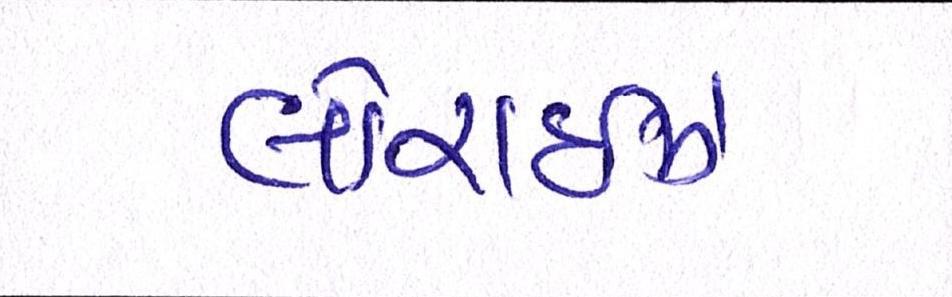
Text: લોરાઈઝ